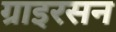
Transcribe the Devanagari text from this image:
ग्राइरसन